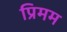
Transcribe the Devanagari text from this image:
प्रिमम